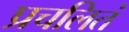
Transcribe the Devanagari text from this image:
प्रचलितं